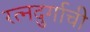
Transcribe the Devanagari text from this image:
रत्‍नदुर्गाची